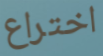
اختراع